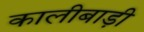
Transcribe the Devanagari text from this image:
कालीबाड़ी